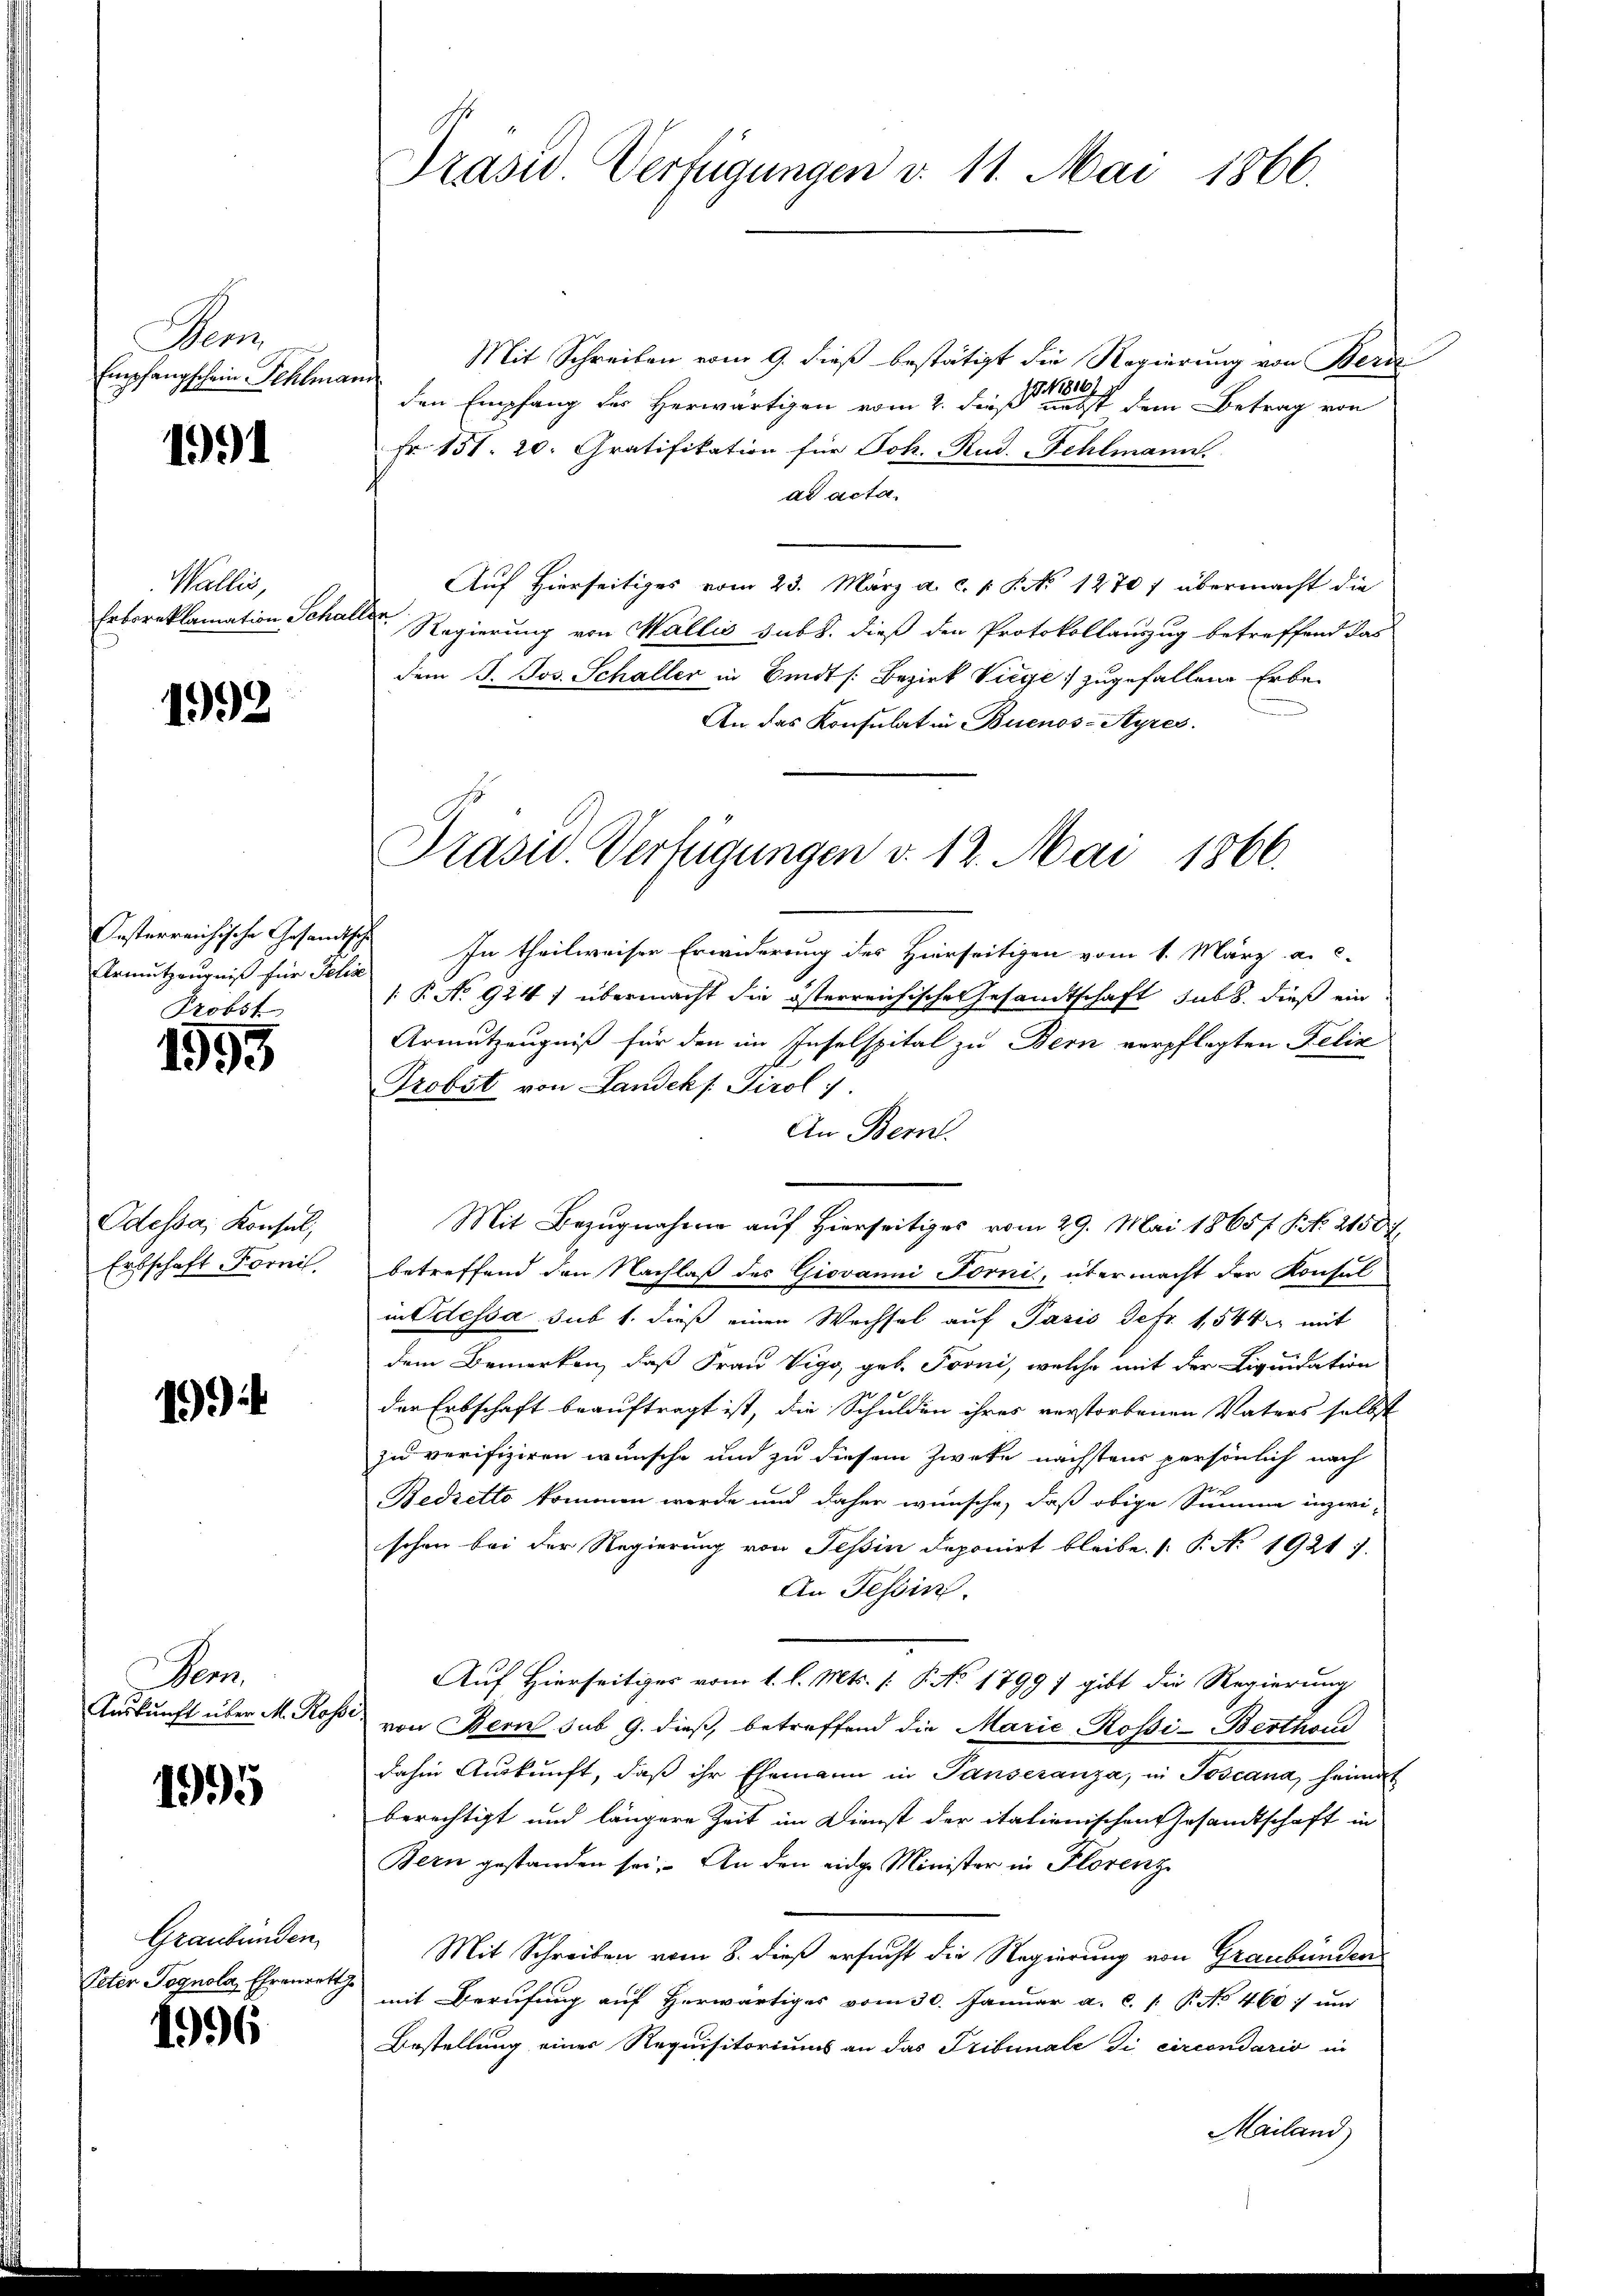
Gens
Empfangschein Fehlmande

1991

Wallis,
Erboreklamation Schaller.

1992

Armutzeugniß für Jelis
Probst

1595

Odessa, Konsul,
Ertschaft Fornis

19)

Sem
Auskunft über M. Rosse

1995

Graubünden
Peter Pognola, Ehrenret

1996

Mit Schreiben vom 9. dieß bestätigt die Regierung von Bern
79. 1816/
den Empfang des Herwärtigen vom 2. dieß nebst dem Betrag von
Fr. 151. 20. Gratifikation für Joh. Rud. Fehlmann.
dd acta.
Auf Hierseitiges vom 23. März a. c. s. S. No 12707 übermacht die
Regierung von Wallis sub. dieß den Protokollauszug betreffend dar
dem J. Jos. Schaller in Sindt s. Bezirk Viege zugefallene Erbe-
u
An das Konsulat in Buenos-Ayres.

Prasw. Verfügungen v. 11. Mai 1866.

Präsid. Verfügungen v. 12. Mai 1866.

Gesterreichische Gesandtsch In theilweiser Erwiderung des Hierseitigen vom 1. März a. c.
: P. No 924) übermacht die österreichische Gesandtschaft sub. dieß ein
Armutzeugniß für den im Inselspital zu Bern verpflegten Felix
Probst von Landek s. Tirol 7.
An Bern.
Mit Bezugnahme auf hierseitiges vom 29. Mai 1865 f. P. No. 2150.
betreffend den Nachlaß des Giovanni Forni, übermacht der Konsul
in Odessa sub 1. dieß einen Wechsel auf Paris Defr. 1,544 mit
dem Bemerken, daß Frau Vigg, geb. Forni, welche mit der Liquidation
der Erbschaft beauftragt ist, die Schulden ihres verstorbenen Vaters selbst
zu verifiziren wünsche und zu diesem Zweke nächstens persönlich nach
f
Bedretto kommen werde und daher wünsche, daß obige Summe inzwi-
schon bei der Regierung von Teßin deponirt bleibe. (: P. No. 1921 1
An Tessin.
Auf Hierseitiges vom 1. l. Mts. (: P. No 1799 7 gibt die Regierung
von Bern sub 9. dieß, betreffend die Marie-Rossi-Berthou
dahin Auskunft, daß ihr Ehemann in Panseranza, in Toscana, heimat
berechtigt und längere Zeit im Dienst der italienischen Gesandtschaft in
Bern gestanden sei. An den eidge Minister in Florenz
Mit Schreiben vom 8. dieß ersucht die Regierung von Graubünden
mit Berufung auf herwärtiges vom 30. Januar a. c. /: P. No 460 und
Bestellung einer Requisitoriums an das Tribunale di circondario in
Mailand)